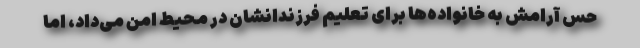
حس آرامش به خانواده‌ها برای تعلیم فرزندانشان در محیط امن می‌داد، اما